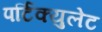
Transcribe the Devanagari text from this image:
पर्टिक्युलेट